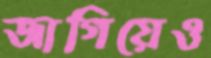
জাগিয়েও